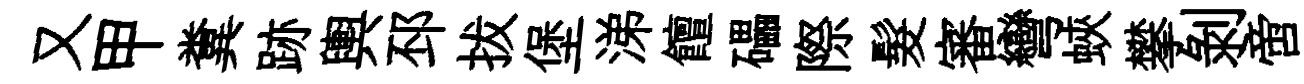
又甲糞跡輿邳拔堡涕饘礧際髮審彎蛺攀剥啻